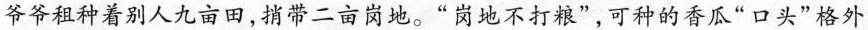
爷爷租种着别人九亩田，捎带二亩岗地。”岗地不打粮”，可种的香瓜”口头”格外